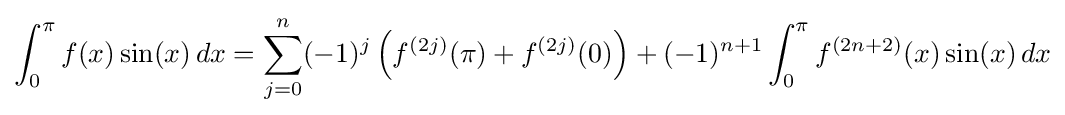
\int _{0}^{\pi }f(x)\sin(x)\,dx=\sum _{j=0}^{n}(-1)^{j}\left(f^{(2j)}(\pi )+f^{(2j)}(0)\right)+(-1)^{n+1}\int _{0}^{\pi }f^{(2n+2)}(x)\sin(x)\,dx